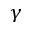
\gamma